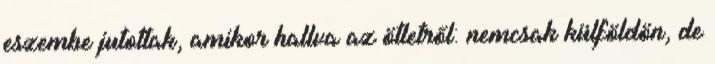
eszembe jutottak, amikor hallva az ötletről: nemcsak külföldön, de